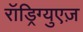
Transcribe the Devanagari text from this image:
रॉड्रिग्युएज़